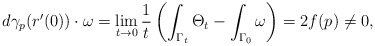
\begin{align*} d\gamma_p(r'(0))\cdot\omega = \lim_{t\to 0}\frac{1}{t}\left(\int_{\Gamma_t}\Theta_t-\int_{\Gamma_0}\omega\right) = 2f(p)\neq 0,\end{align*}